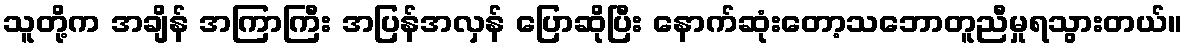
သူတို့က အချိန် အကြာကြီး အပြန်အလှန် ပြောဆိုပြီး နောက်ဆုံးတော့သဘောတူညီမှုရသွားတယ်။